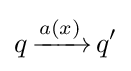
q\,{\xrightarrow {a(x)}}\,q'